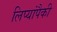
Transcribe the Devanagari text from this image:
लिप्यांपैकी